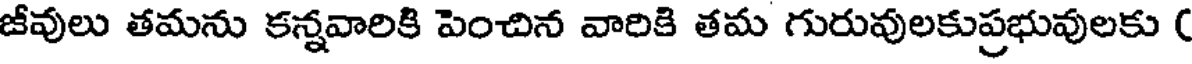
జీవులు తమను కన్నవారికి పెంచిన వారికి తమ గురువులకుప్రభువులకు (